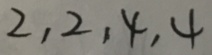
2 , 2 , 4 , 4